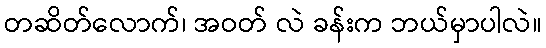
တဆိတ်လောက်၊ အဝတ် လဲ ခန်းက ဘယ်မှာပါလဲ။